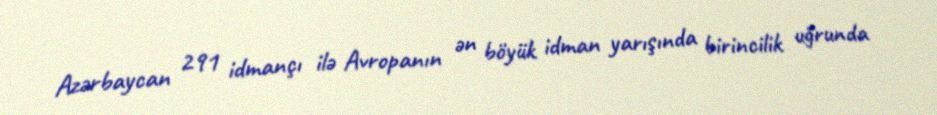
Azərbaycan 291 idmançı ilə Avropanın ən böyük idman yarışında birincilik uğrunda